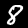
Label: 8